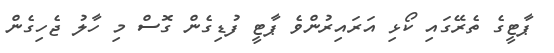
ޕާޓީގެ ތެރޭގައި ކޯޅި އަރައިރުންވެ ޕާޓީ ފުޑިގެން ގޮސް މި ހާލު ޖެހިގެން